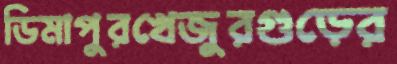
ডিমাপুরখেজুরগুড়ের